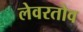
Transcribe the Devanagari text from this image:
लेवरतोव